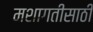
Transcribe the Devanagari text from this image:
मशागतीसाठी